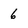
Character: 6